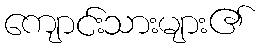
ကျောင်းသားများ၏